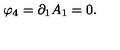
\varphi _ { 4 } = \partial _ { 1 } A _ { 1 } = 0 .